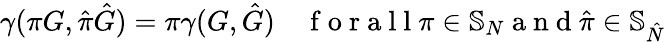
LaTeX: \gamma(\pi G,\hat{\pi}\hat{G})=\pi\gamma(G,\hat{G})\quad\mathrm{~f~o~r~a~l~l~}\pi\in\mathbb{S}_{N}\mathrm{~a~n~d~}\hat{\pi}\in\mathbb{S}_{\hat{N}}